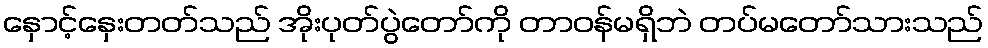
နှောင့်နှေးတတ်သည် အိုးပုတ်ပွဲတော်ကို တာဝန်မရှိဘဲ တပ်မတော်သားသည်